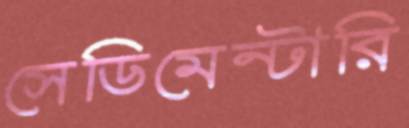
সেডিমেন্টারি